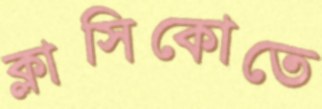
ক্লাসিকোতে